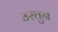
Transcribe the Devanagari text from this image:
उरघुन